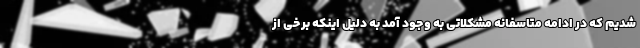
شدیم که در ادامه متاسفانه مشکلاتی به وجود آمد به دلیل اینکه برخی از